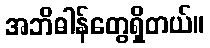
အဘိဓါန်တွေရှိတယ်။